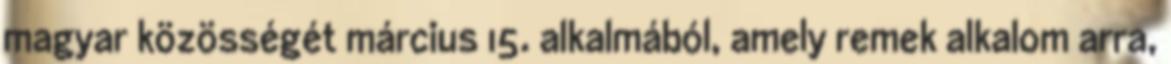
magyar közösségét március 15. alkalmából, amely remek alkalom arra,